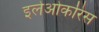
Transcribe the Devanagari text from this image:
इलेओकरिस